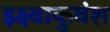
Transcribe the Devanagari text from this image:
इक्ष्वाकुवंश